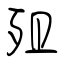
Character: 殂